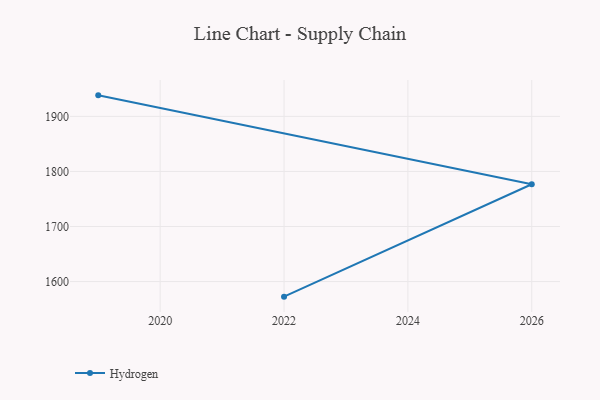
{"axis": {"x": "Year", "y": "Shipments"}, "legend": ["Hydrogen"], "data": [{"x": "2022", "y": 1572.6, "type": "Hydrogen"}, {"x": "2026", "y": 1776.7, "type": "Hydrogen"}, {"x": "2019", "y": 1938.2, "type": "Hydrogen"}]}